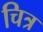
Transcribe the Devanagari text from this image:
चित्र